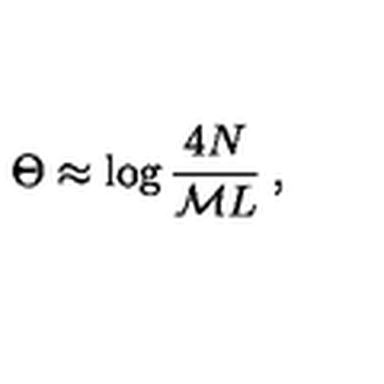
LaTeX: \Theta \approx \log \frac { 4 N } { { \cal M } L } \: ,